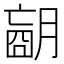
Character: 𦟁